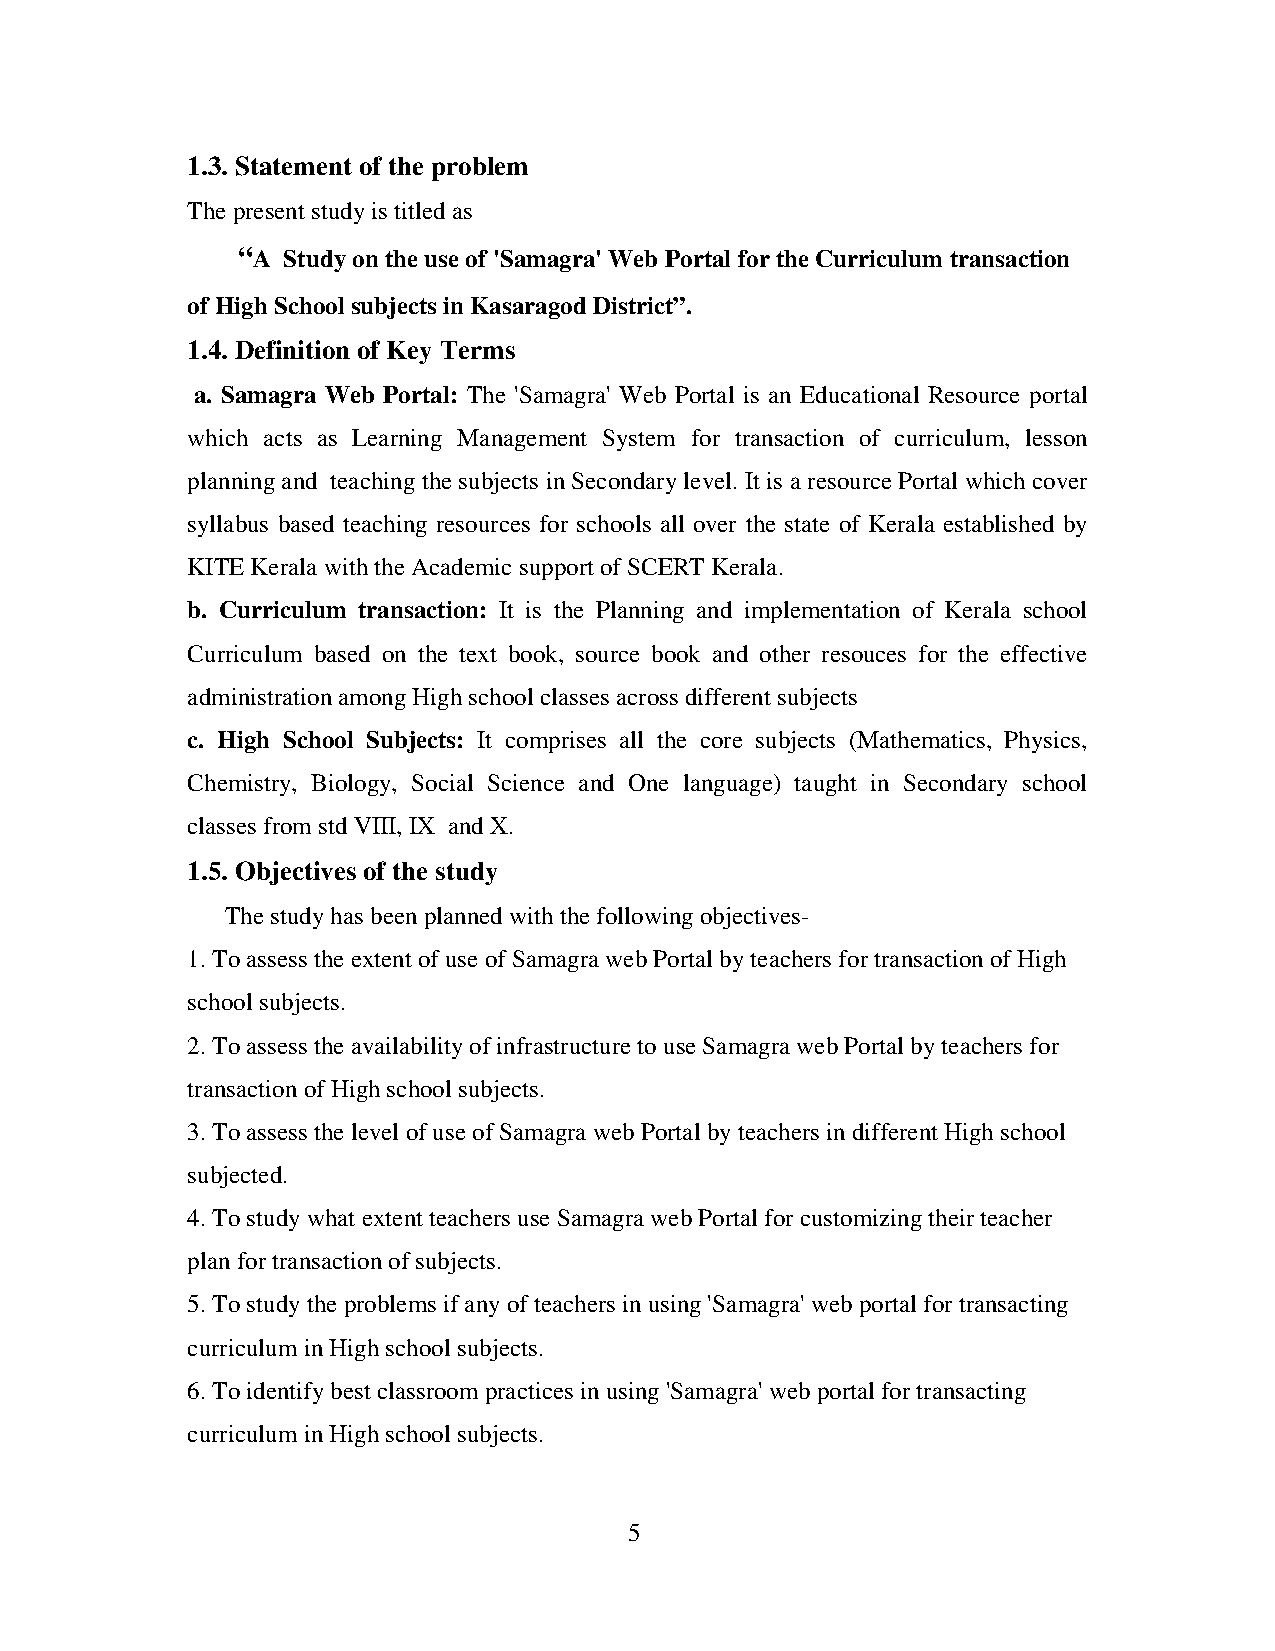
1.3. Statement of the problem
 The present study is titled as
 “A Study on the use of 'Samagra' Web Portal for the Curriculum transaction
 of High School subjects in Kasaragod District”.
 1.4. Definition of Key Terms
 a. Samagra Web Portal: The 'Samagra' Web Portal is an Educational Resource portal
 which acts as Learning Management System for transaction of curriculum, lesson
 planning and teaching the subjects in Secondary level. It is a resource Portal which cover
 syllabus based teaching resources for schools all over the state of Kerala established by
 KITE Kerala with the Academic support of SCERT Kerala.
 b. Curriculum transaction: It is the Planning and implementation of Kerala school
 Curriculum based on the text book, source book and other resouces for the effective
 administration among High school classes across different subjects
 c. High School Subjects: It comprises all the core subjects (Mathematics, Physics,
 Chemistry, Biology, Social Science and One language) taught in Secondary school
 classes from std VIII, IX and X.
 1.5. Objectives of the study
 The study has been planned with the following objectives-
 1. To assess the extent of use of Samagra web Portal by teachers for transaction of High
 school subjects.
 2. To assess the availability of infrastructure to use Samagra web Portal by teachers for
 transaction of High school subjects.
 3. To assess the level of use of Samagra web Portal by teachers in different High school
 subjected.
 4. To study what extent teachers use Samagra web Portal for customizing their teacher
 plan for transaction of subjects.
 5. To study the problems if any of teachers in using 'Samagra' web portal for transacting
 curriculum in High school subjects.
 6. To identify best classroom practices in using 'Samagra' web portal for transacting
 curriculum in High school subjects.
 5